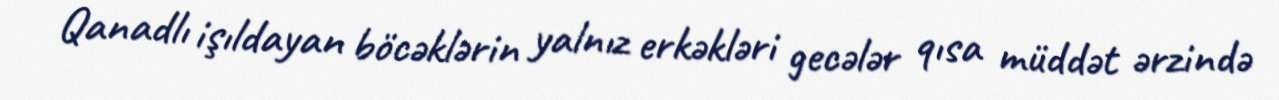
Qanadlı işıldayan böcəklərin yalnız erkəkləri gecələr qısa müddət ərzində